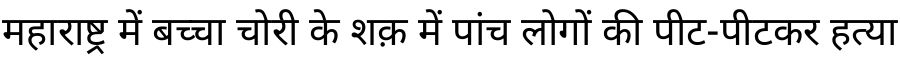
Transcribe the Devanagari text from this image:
महाराष्ट्र में बच्चा चोरी के शक़ में पांच लोगों की पीट-पीटकर हत्या